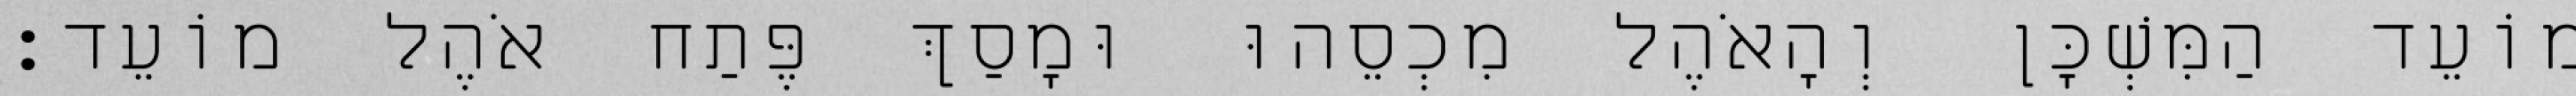
מוֹעֵד הַמִּשְׁכָּן וְהָאֹהֶל מִכְסֵהוּ וּמָסַךְ פֶּתַח אֹהֶל מוֹעֵד׃